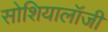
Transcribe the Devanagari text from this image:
सोशियालॉजी